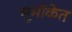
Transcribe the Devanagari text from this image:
भूमीकेत